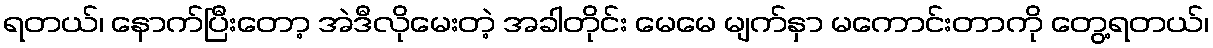
ရတယ်၊ နောက်ပြီးတော့ အဲဒီလိုမေးတဲ့ အခါတိုင်း မေမေ မျက်နှာ မကောင်းတာကို တွေ့ရတယ်၊